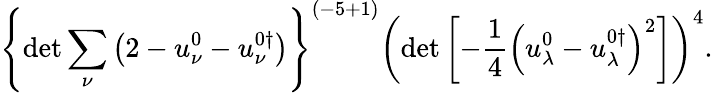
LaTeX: \left\{ \operatorname*{det}\sum_{\nu}\left(2-u_{\nu}^{0}-u_{\nu}^{0\dagger}\right)\right\} ^{({-5+1})}\left(\operatorname*{det}\left[-\frac 14\left(u_{\lambda}^{0}-u_{\lambda}^{0\dagger}\right)^{2}\right]\right)^{4}.